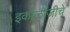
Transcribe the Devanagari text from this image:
इकॉलॉजीचे